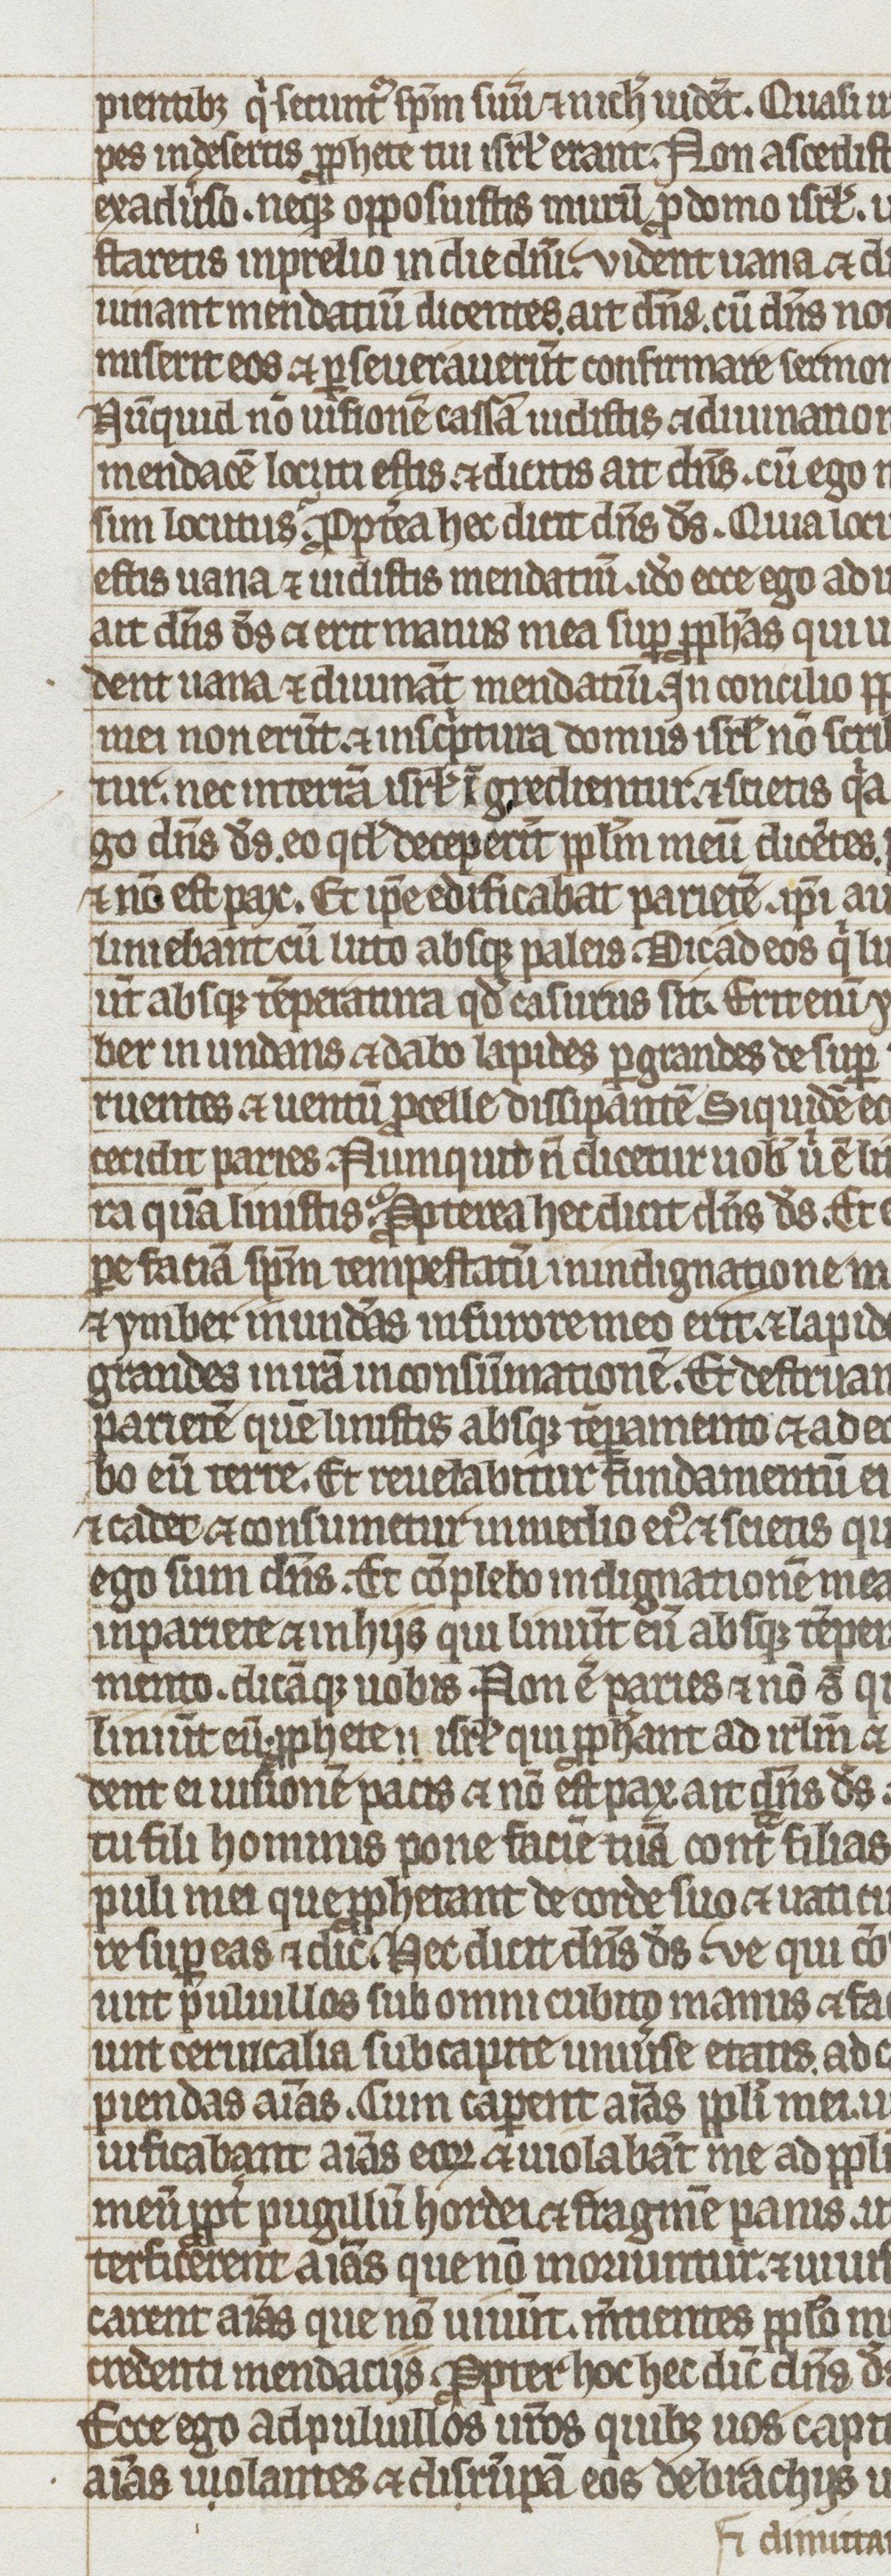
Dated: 1275–1299